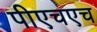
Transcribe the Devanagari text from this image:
पीएचएच